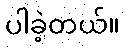
ပါခဲ့တယ်။